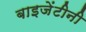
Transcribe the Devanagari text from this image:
बाइजेंटीनी